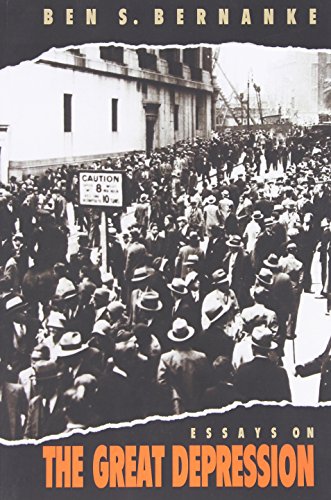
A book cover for Essays on the Great Depression; Ben S. Bernanke; Business & Money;